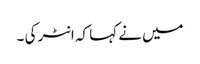
میں نے کہا کہ انٹر کی ۔